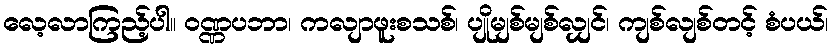
လေ့လာကြည့်ပါ။ ဝဏ္ဏပဘာ၊ ကလျာဖူးစသစ်၊ ပျိုမျစ်မျစ်လျှင်၊ ကျစ်လျစ်တင့် စံပယ်၊